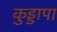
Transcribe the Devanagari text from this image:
कुड्डापा